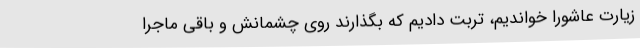
زیارت عاشورا خواندیم، تربت دادیم که بگذارند روی چشمانش و باقی ماجرا